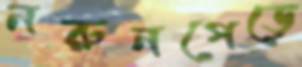
নরুনপেড়ে